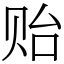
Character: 贻